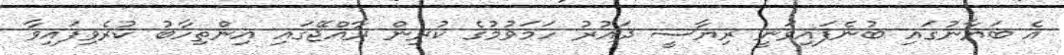
އެ ބަޔާނުގައި ބުނެފައިވަނީ ރިޔާސީ ދައުރު ހަމަވުމުގެ ކުރިން ރާއްޖޭގައި އިންތިހާބު ކުރެވިފައިވާ